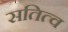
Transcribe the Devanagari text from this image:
सतित्व